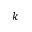
k